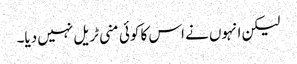
لیکن انہوں نے اس کا کوئی منی ٹریل نہیں دیا۔